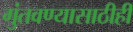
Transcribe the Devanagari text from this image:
गुंतवण्‍यासाठीही